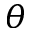
\theta